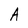
Character: A